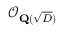
{ \mathcal { O } } _ { \mathbf { Q } ( { \sqrt { D } } ) }